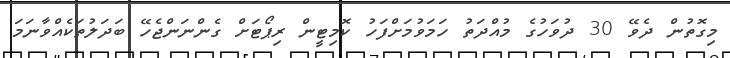
މިގޮތުން ދެވޭ 30 ދުވަހުގެ މުއްދަތު ހަމަވުމަށްފަހު ކޮމިޓީން ރިޕޯޓަށް ގެންނަންޖެހޭ ބަދަލުތަކެއްވާނަމަ